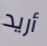
أريد